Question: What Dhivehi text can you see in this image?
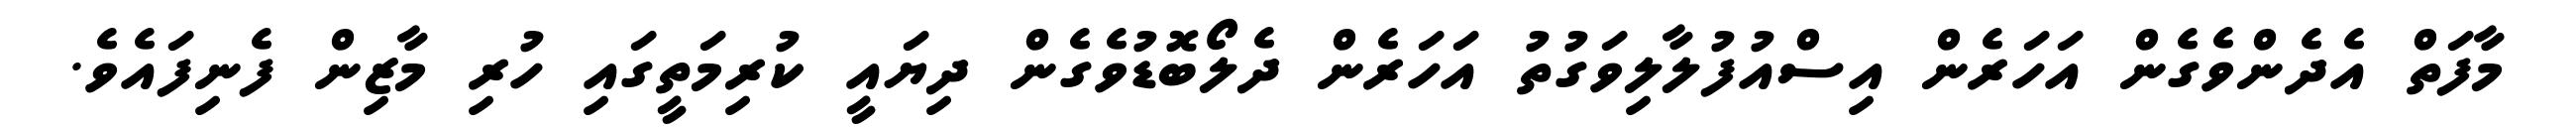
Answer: މާފަތް އެދެންވެގެން އަހަރެން އިސްއުފުލާލިވަގުތު އަހަރެން ދެލޯބޮޑުވެގެން ދިޔައީ ކުރިމަތީގައި ހުރި މާޒިން ފެނިފައެވެ.